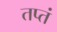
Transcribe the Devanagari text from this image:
तप्तं